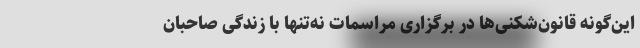
این‌گونه قانون‌شکنی‌ها در برگزاری مراسمات نه‌تنها با زندگی صاحبان